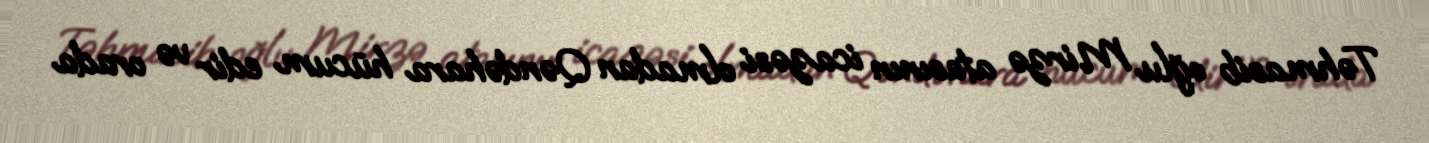
Təhmasib oğlu Mirzə atasının icazəsi olmadan Qəndəhara hücum edir və orada